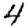
Digit: 4